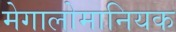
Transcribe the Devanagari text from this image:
मेगालोमानियक